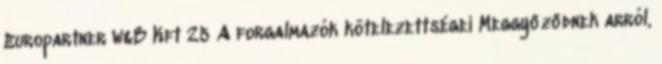
Europartner W&B Kft 25 A forgalmazók kötelezettségei Meggyőződnek arról,